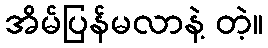
အိမ်ပြန်မလာနဲ့ တဲ့။